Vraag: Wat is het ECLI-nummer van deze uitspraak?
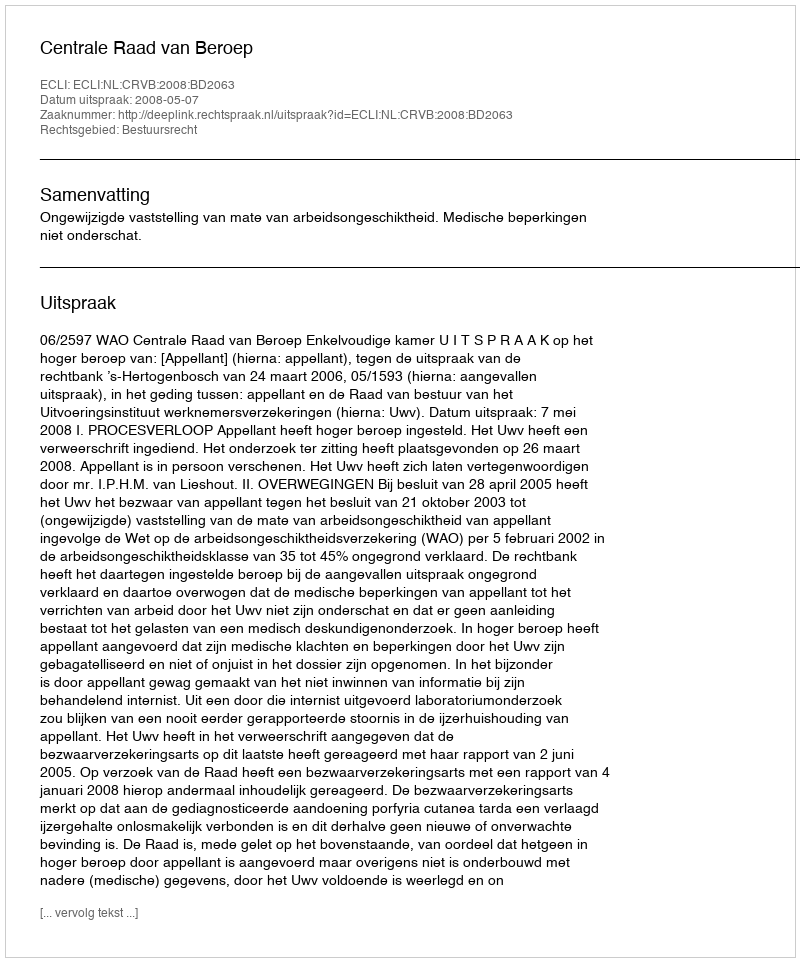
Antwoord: ECLI:NL:CRVB:2008:BD2063